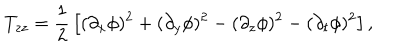
T _ { z z } = { \frac { 1 } { 2 } } \left[ ( \partial _ { x } \phi ) ^ { 2 } + ( \partial _ { y } \phi ) ^ { 2 } - ( \partial _ { z } \phi ) ^ { 2 } - ( \partial _ { t } \phi ) ^ { 2 } \right] ,